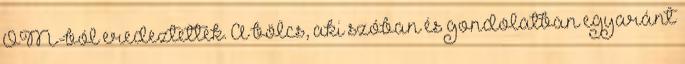
OM-ból eredeztették. A bölcs, aki szóban és gondolatban egyaránt